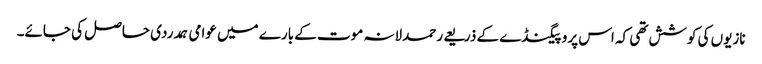
نازیوں کی کوشش تھی کہ اس پروپیگنڈے کے ذریعے رحمدلانہ موت کے بارے میں عوامی ہمدردی حاصل کی جائے۔